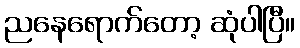
ညနေရောက်တော့ ဆုံပါပြီ။